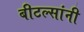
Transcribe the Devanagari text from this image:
बीटल्सांनी